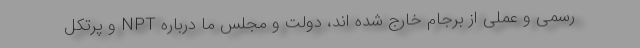
رسمی و عملی از برجام خارج شده اند، دولت و مجلس ما درباره NPT و پرتکل